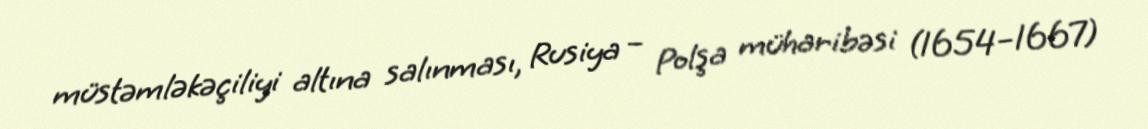
müstəmləkəçiliyi altına salınması, Rusiya – Polşa müharibəsi (1654–1667)